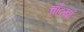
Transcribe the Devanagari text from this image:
चाँदखाँ